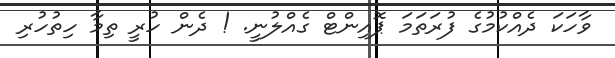
ވާހަކަ ދެއްކުމުގެ ފުރަތަމަ ޕޮއިންޓް ގެއްލުނީ. ! ދެން ހުރީ ތިމާ ހިތުހުރި